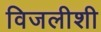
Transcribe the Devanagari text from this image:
विजलीशी